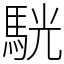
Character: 駫